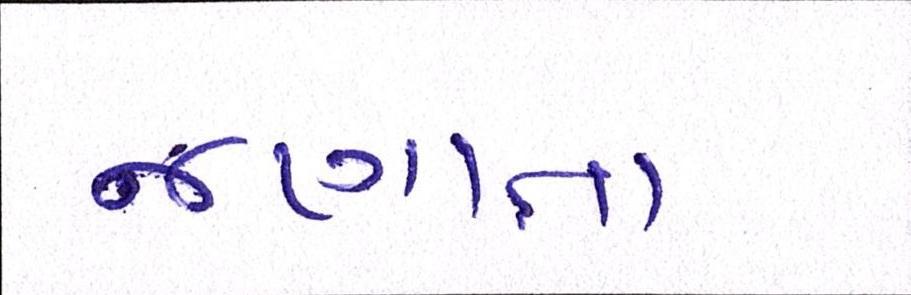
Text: જણાતા